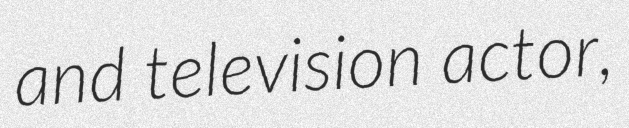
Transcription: and television actor,